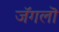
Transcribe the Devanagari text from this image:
जॅगलॊ